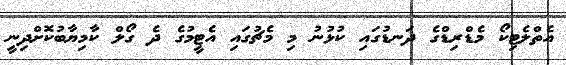
އެތްލެޓިކޯ މެޑްރިޑްގެ ދަނޑުގައި ކުޅުނު މި މެޗުގައި އެޓީމުގެ ދެ ގޯލް ކާމިޔާބުކޮށްދިނީ